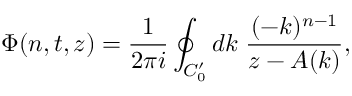
\Phi ( n , t , z ) = \frac { 1 } { 2 \pi i } \oint _ { C _ { 0 } ^ { \prime } } d k \; \frac { ( - k ) ^ { n - 1 } } { z - A ( k ) } ,